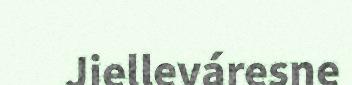
Jielleváresne